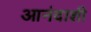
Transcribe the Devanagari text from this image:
आनंदाशी